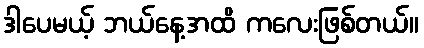
ဒါပေမယ့် ဘယ်နေ့အထိ ကလေးဖြစ်တယ်။